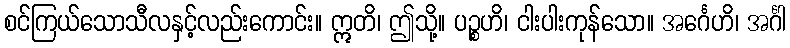
စင်ကြယ်သောသီလနှင့်လည်းကောင်း။ ဣတိ၊ ဤသို့။ ပဉ္စဟိ၊ ငါးပါးကုန်သော။ အင်္ဂေဟိ၊ အင်္ဂါ